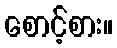
စောင့်စား။